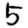
Digit: 5